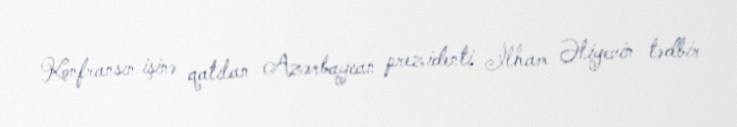
Konfransın işinə qatılan Azərbaycan prezidenti İlham Əliyevin tədbir